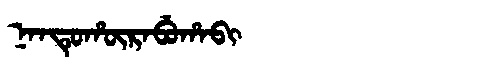
Manchu: ᠨᠠᠨᡨᡠᡥᡡᡵᠠᠪᡠᡥᠠᠪᡳ
Romanization: NANTUHŪRABUHABI